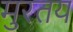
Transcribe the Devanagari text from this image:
मुरतय